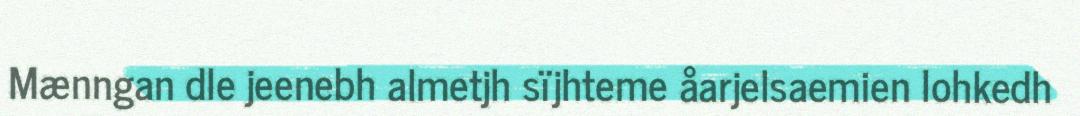
Mænngan dle jeenebh almetjh sïjhteme åarjelsaemien lohkedh